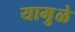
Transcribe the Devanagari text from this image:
यामु़ळे